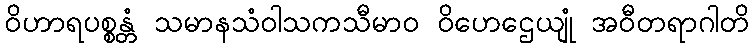
ဝိဟာရပစ္စန္တံ သမာနသံဝါသကသီမာဝ ဝိဟေဌေယျုံ အဝီတရာဂါတိ